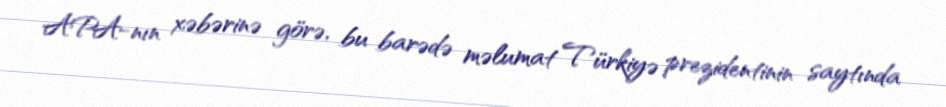
APA-nın xəbərinə görə, bu barədə məlumat Türkiyə prezidentinin saytında